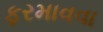
ફરમાવવા